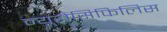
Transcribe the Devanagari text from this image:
न्यूरोसिफिलिस